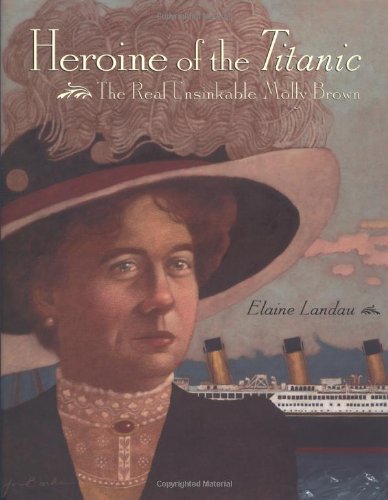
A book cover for Heroine of the Titanic: The Real Unsinkable Molly Brown; Elaine Landau; Children's Books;